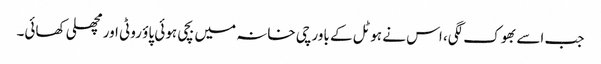
جب اسے بھوک لگی، اس نے ہوٹل کے باورچی خانہ میں بچی ہوئی پاؤ روٹی اور مچھلی کھائی۔